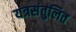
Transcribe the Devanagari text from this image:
यंत्रसंतुलित